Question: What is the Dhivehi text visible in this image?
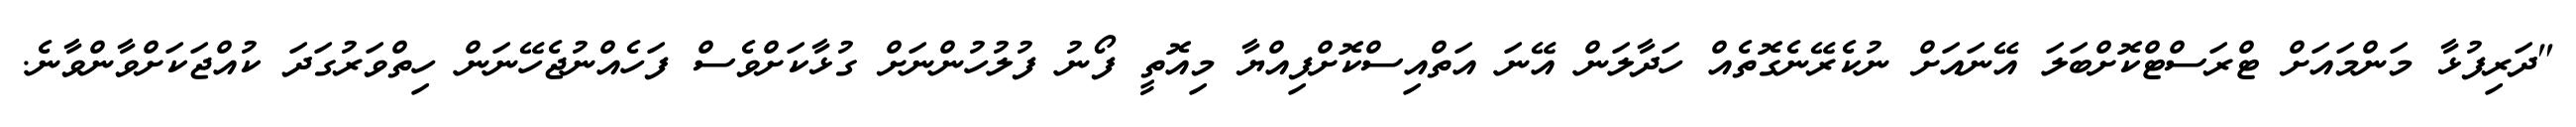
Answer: "ދަރިފުޅާ މަންމައަށް ޓްރަސްޓްކޮށްބަލަ އޭނައަށް ނުކެރޭނެގޮތެއް ހަދާލަން އޭނަ އަތްއިސްކޮށްފިއްޔާ މިއޮތީ ފޯނު ފުލުހުންނަށް ގުޅާކަށްވެސް ފަހެއްނުޖެހޭނަން ހިތްވަރުގަދަ ކުއްޖަކަށްވާންވާނެ.